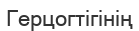
Герцогтігінің